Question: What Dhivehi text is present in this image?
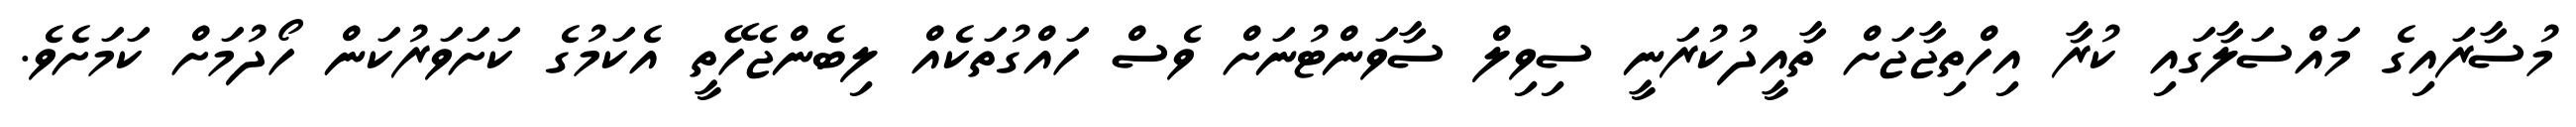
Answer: މުސާރައިގެ މައްސަލާގައި ކުރާ އިހްތިޖާޖަށް ތާއީދުކުރަނީ ސިވިލް ސާވަންޓުނަށް ވެސް ހައްގުތަކެއް ލިބެންޖެހޭތީ އެކަމުގެ ކަށަވަރުކަން ހޯދުމަށް ކަމަށެވެ.